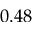
0 . 4 8